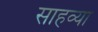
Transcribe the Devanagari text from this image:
साहव्या